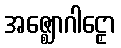
အဇ္ဈောဂါဠှော